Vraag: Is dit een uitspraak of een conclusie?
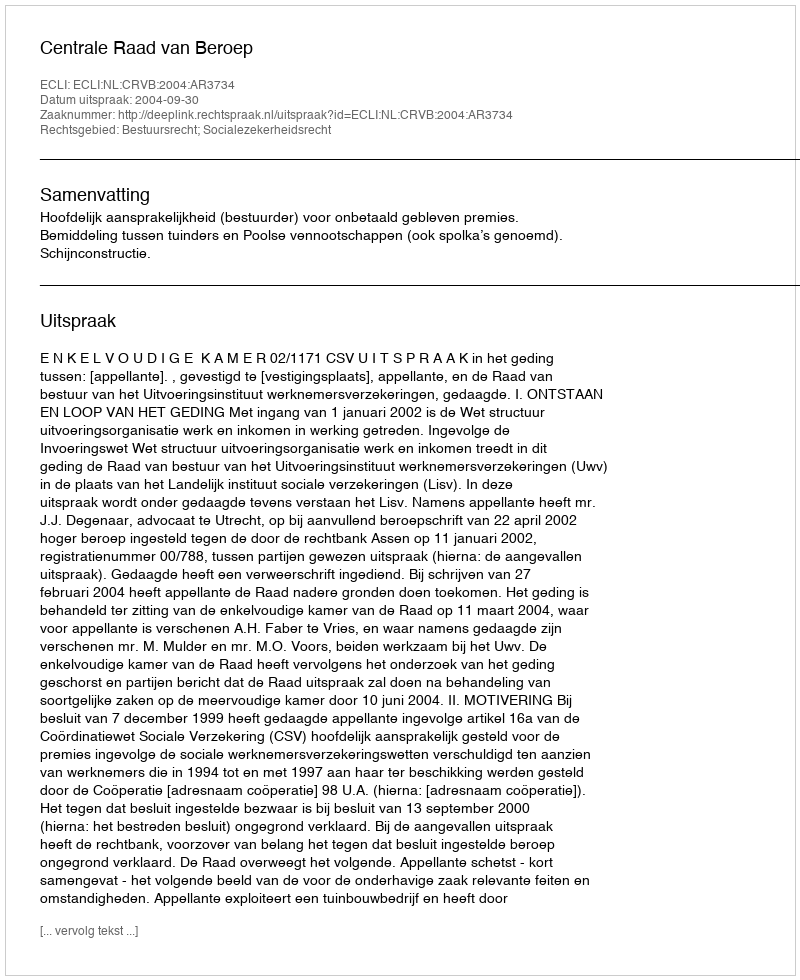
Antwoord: Uitspraak